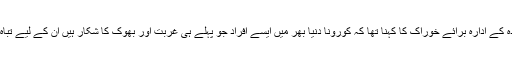
اقوامِ متحدہ کے ادارہ برائے خوراک کا کہنا تھا کہ کورونا دنیا بھر میں ایسے افراد جو پہلے ہی غربت اور بھوک کا شکار ہیں ان کے لیے تباہ کن ہوگا۔